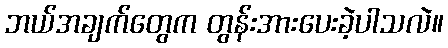
ဘယ်အချက်တွေက တွန်းအားပေးခဲ့ပါသလဲ။